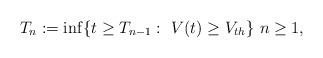
LaTeX: \begin{align*}T_n:=\inf\{t \ge T_{n-1}: \ V(t)\ge V_{th}\} \ n \ge 1,\end{align*}